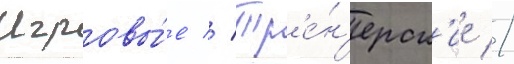
Игровы́е // Тр'е́н'ерск'ие //